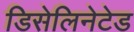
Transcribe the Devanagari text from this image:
डिसेलिनेटेड